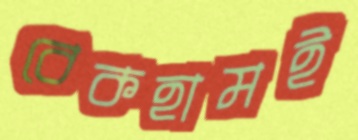
বেকহামই